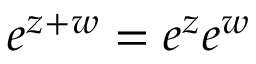
e ^ { z + w } = e ^ { z } e ^ { w }